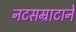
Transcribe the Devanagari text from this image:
नटसम्राटाने